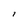
Character: i